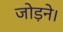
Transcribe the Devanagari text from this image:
जोड़ने।